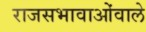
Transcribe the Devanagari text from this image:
राजसभावाओंवाले